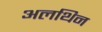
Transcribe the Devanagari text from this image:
अलथिन